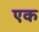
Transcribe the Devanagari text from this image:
एक